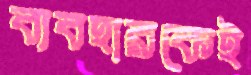
ব্যবহারকেই